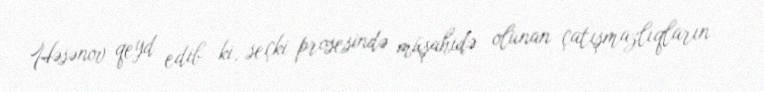
Həsənov qeyd edib ki, seçki prosesində müşahidə olunan çatışmazlıqların